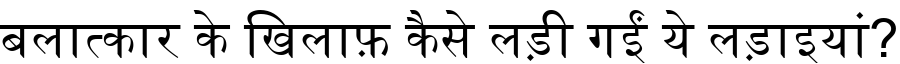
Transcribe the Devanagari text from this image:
बलात्कार के खिलाफ़ कैसे लड़ी गईं ये लड़ाइयां?